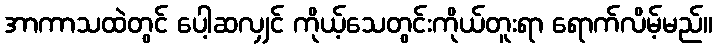
အာကာသထဲတွင် ပေါ့ဆလျှင် ကိုယ့်သေတွင်းကိုယ်တူးရာ ရောက်လိမ့်မည်။